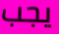
يجب